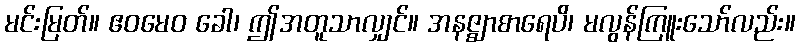
မင်းမြတ်။ ဧဝမေဝ ခေါ၊ ဤအတူသာလျှင်။ အနဇ္ဈာစာရေပိ၊ မလွန်ကြူးသော်လည်း။